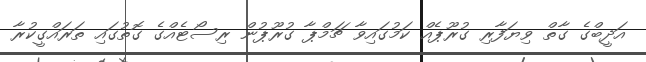
އަދީބްގެ ގާތް ވިޔަފާރި ގުރޫޕެއް ކަމުގައިވާ ޗަމްޕާ ގުރޫޕުން ރިސޯޓެއްގެ ގޮތުގައި ތަަރައްގީކުރާ